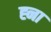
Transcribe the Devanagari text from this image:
ह्ना